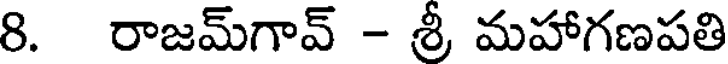
8. రాజమ్గావ్ - శ్రీ మహాగణపతి